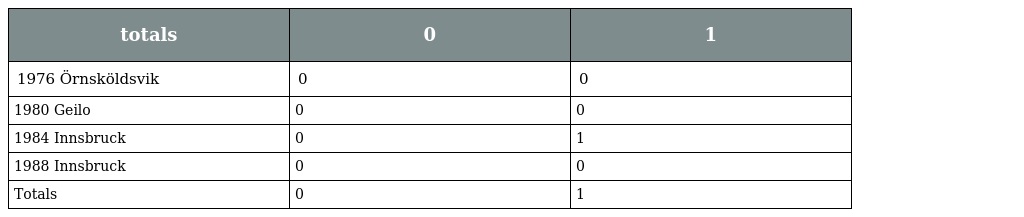
| totals | 0 | 1 |
 | --- | --- | --- |
 | 1976 Örnsköldsvik | 0 | 0 |
 | 1980 Geilo | 0 | 0 |
 | 1984 Innsbruck | 0 | 1 |
 | 1988 Innsbruck | 0 | 0 |
 | Totals | 0 | 1 |